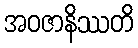
အဝဇာနိဿတိ